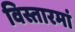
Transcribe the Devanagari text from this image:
विस्तारमां